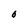
Character: O